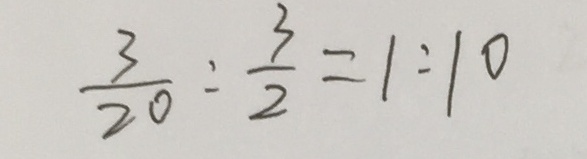
\frac { 3 } { 2 0 } : \frac { 3 } { 2 } = 1 : 1 0